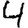
Digit: 4